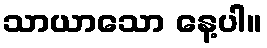
သာယာသော နေ့ပါ။